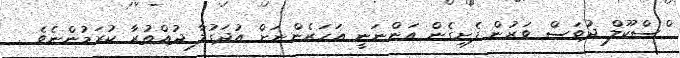
ްސްކޫލް ދުވަސް ވަރުން ފެށިގެން އަންނަނީ އަހަރެންނަށް އުދަގުލާ ދުއްތުރާ ކުރަމުންނެވެ .